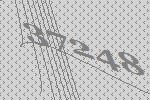
37248